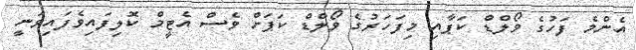
އެންމެ ފަހުގެ ވޯލްޑް ކަޕާއި މިފަހަރުގެ ވޯލްޑް ކަޕަށް ވެސް އެޓީމް ކޮލިފައިވެފައިވަނީ